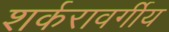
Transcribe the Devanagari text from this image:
शर्करावर्गीय